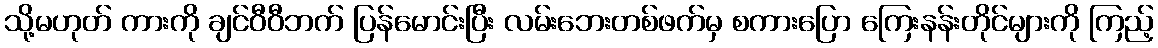
သို့မဟုတ် ကားကို ချင်ဝီဝီဘက် ပြန်မောင်းပြီး လမ်းဘေးတစ်ဖက်မှ စကားပြော ကြေးနန်းတိုင်များကို ကြည့်